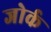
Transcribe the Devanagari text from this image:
जोर्क